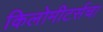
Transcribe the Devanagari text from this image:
किलोमीटर्सचा